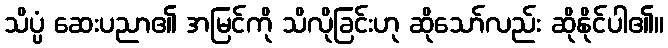
သိပ္ပံ ဆေးပညာ၏ အမြင်ကို သိလိုခြင်းဟု ဆိုသော်လည်း ဆိုနိုင်ပါ၏။